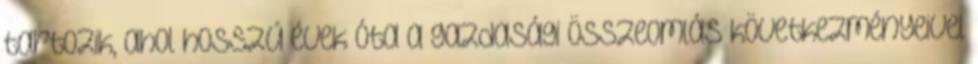
tartozik, ahol hosszú évek óta a gazdasági összeomlás következményeivel